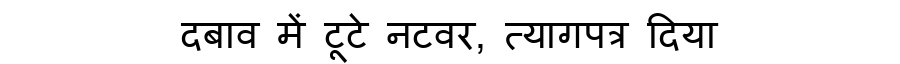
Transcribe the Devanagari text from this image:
दबाव में टूटे नटवर, त्यागपत्र दिया